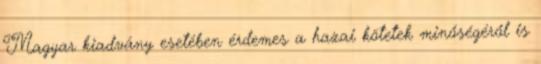
Magyar kiadvány esetében érdemes a hazai kötetek minőségéről is